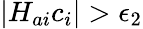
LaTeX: |H_{ai}c_{i}|>\epsilon_{2}